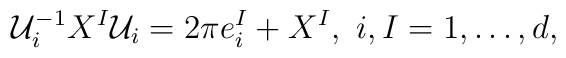
{\cal U}_i^{-1} X^I {\cal U}_i = 2\pi e^I_i + X^I,~i,I= 1,\ldots,d,